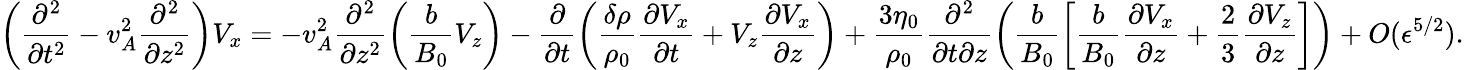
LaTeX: \left(\frac{\partial^{2}}{\partial t^{2}}-v_{A}^{2}\frac{\partial^{2}}{\partial z^{2}}\right)V_{x}=-v_{A}^{2}\frac{\partial^{2}}{\partial z^{2}}\left(\frac{b}{B_{0}}V_{z}\right)-\frac{\partial}{\partial t}\left(\frac{\delta\rho}{\rho_{0}}\frac{\partial V_{x}}{\partial t}+V_{z}\frac{\partial V_{x}}{\partial z}\right)+\frac{3\eta_{0}}{\rho_{0}}\frac{\partial^{2}}{\partial t\partial z}\left(\frac{b}{B_{0}}\left[\frac{b}{B_{0}}\frac{\partial V_{x}}{\partial z}+\frac{2}{3}\frac{\partial V_{z}}{\partial z}\right]\right)+O(\epsilon^{5/2}).